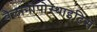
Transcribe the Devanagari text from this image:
बैलानोपोस्थाइटिस